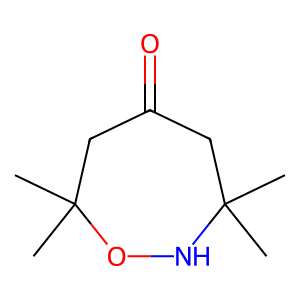
SMILES: CC1(C)CC(=O)CC(C)(C)ON1
Inhibits HIV replication: No